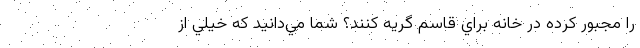
را مجبور كرده در خانه براي قاسم گريه كنند؟ شما مي‌دانيد كه خيلي از